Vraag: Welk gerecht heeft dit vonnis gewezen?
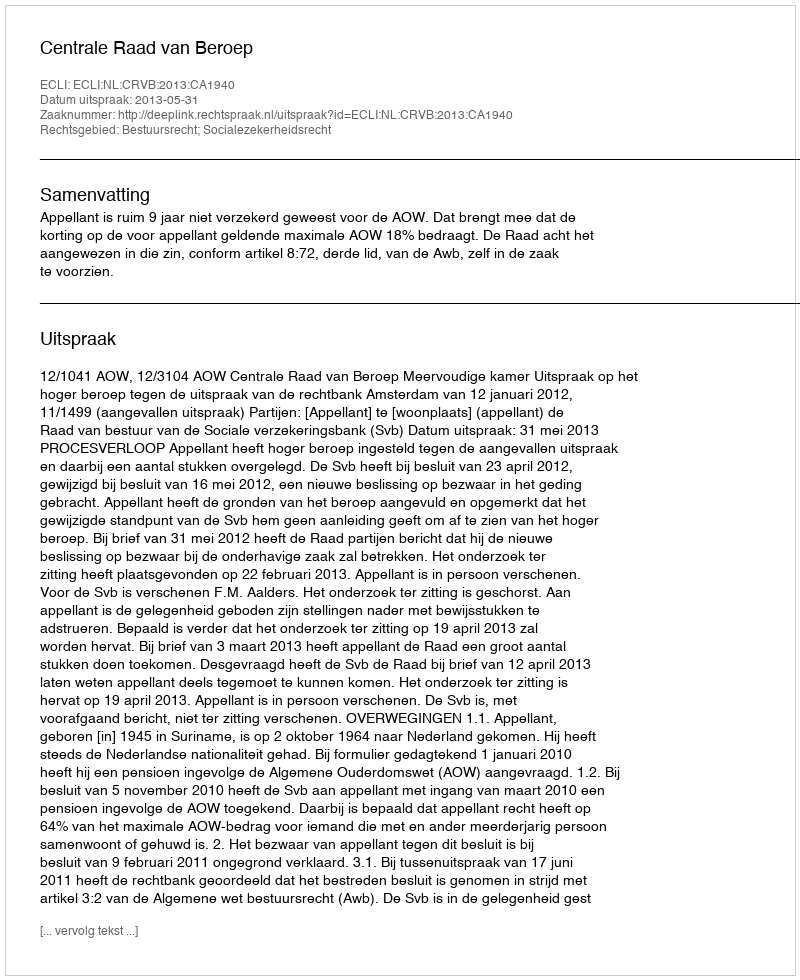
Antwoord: Centrale Raad van Beroep